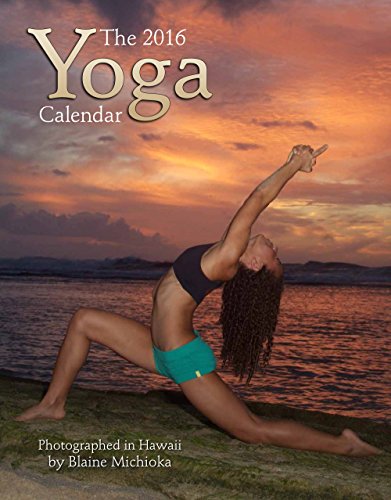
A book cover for Yoga 2016 Calendar 11x14; Blaine Michioka; Calendars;